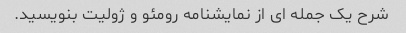
شرح یک جمله ای از نمایشنامه رومئو و ژولیت بنویسید.